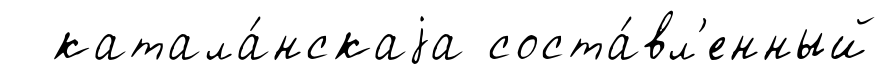
катала́нскаjа соста́вл'енный